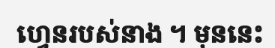
ហ្វេនរបស់នាង ។ មុននេះ